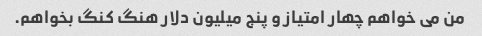
من می خواهم چهار امتیاز و پنج میلیون دلار هنگ کنگ بخواهم.